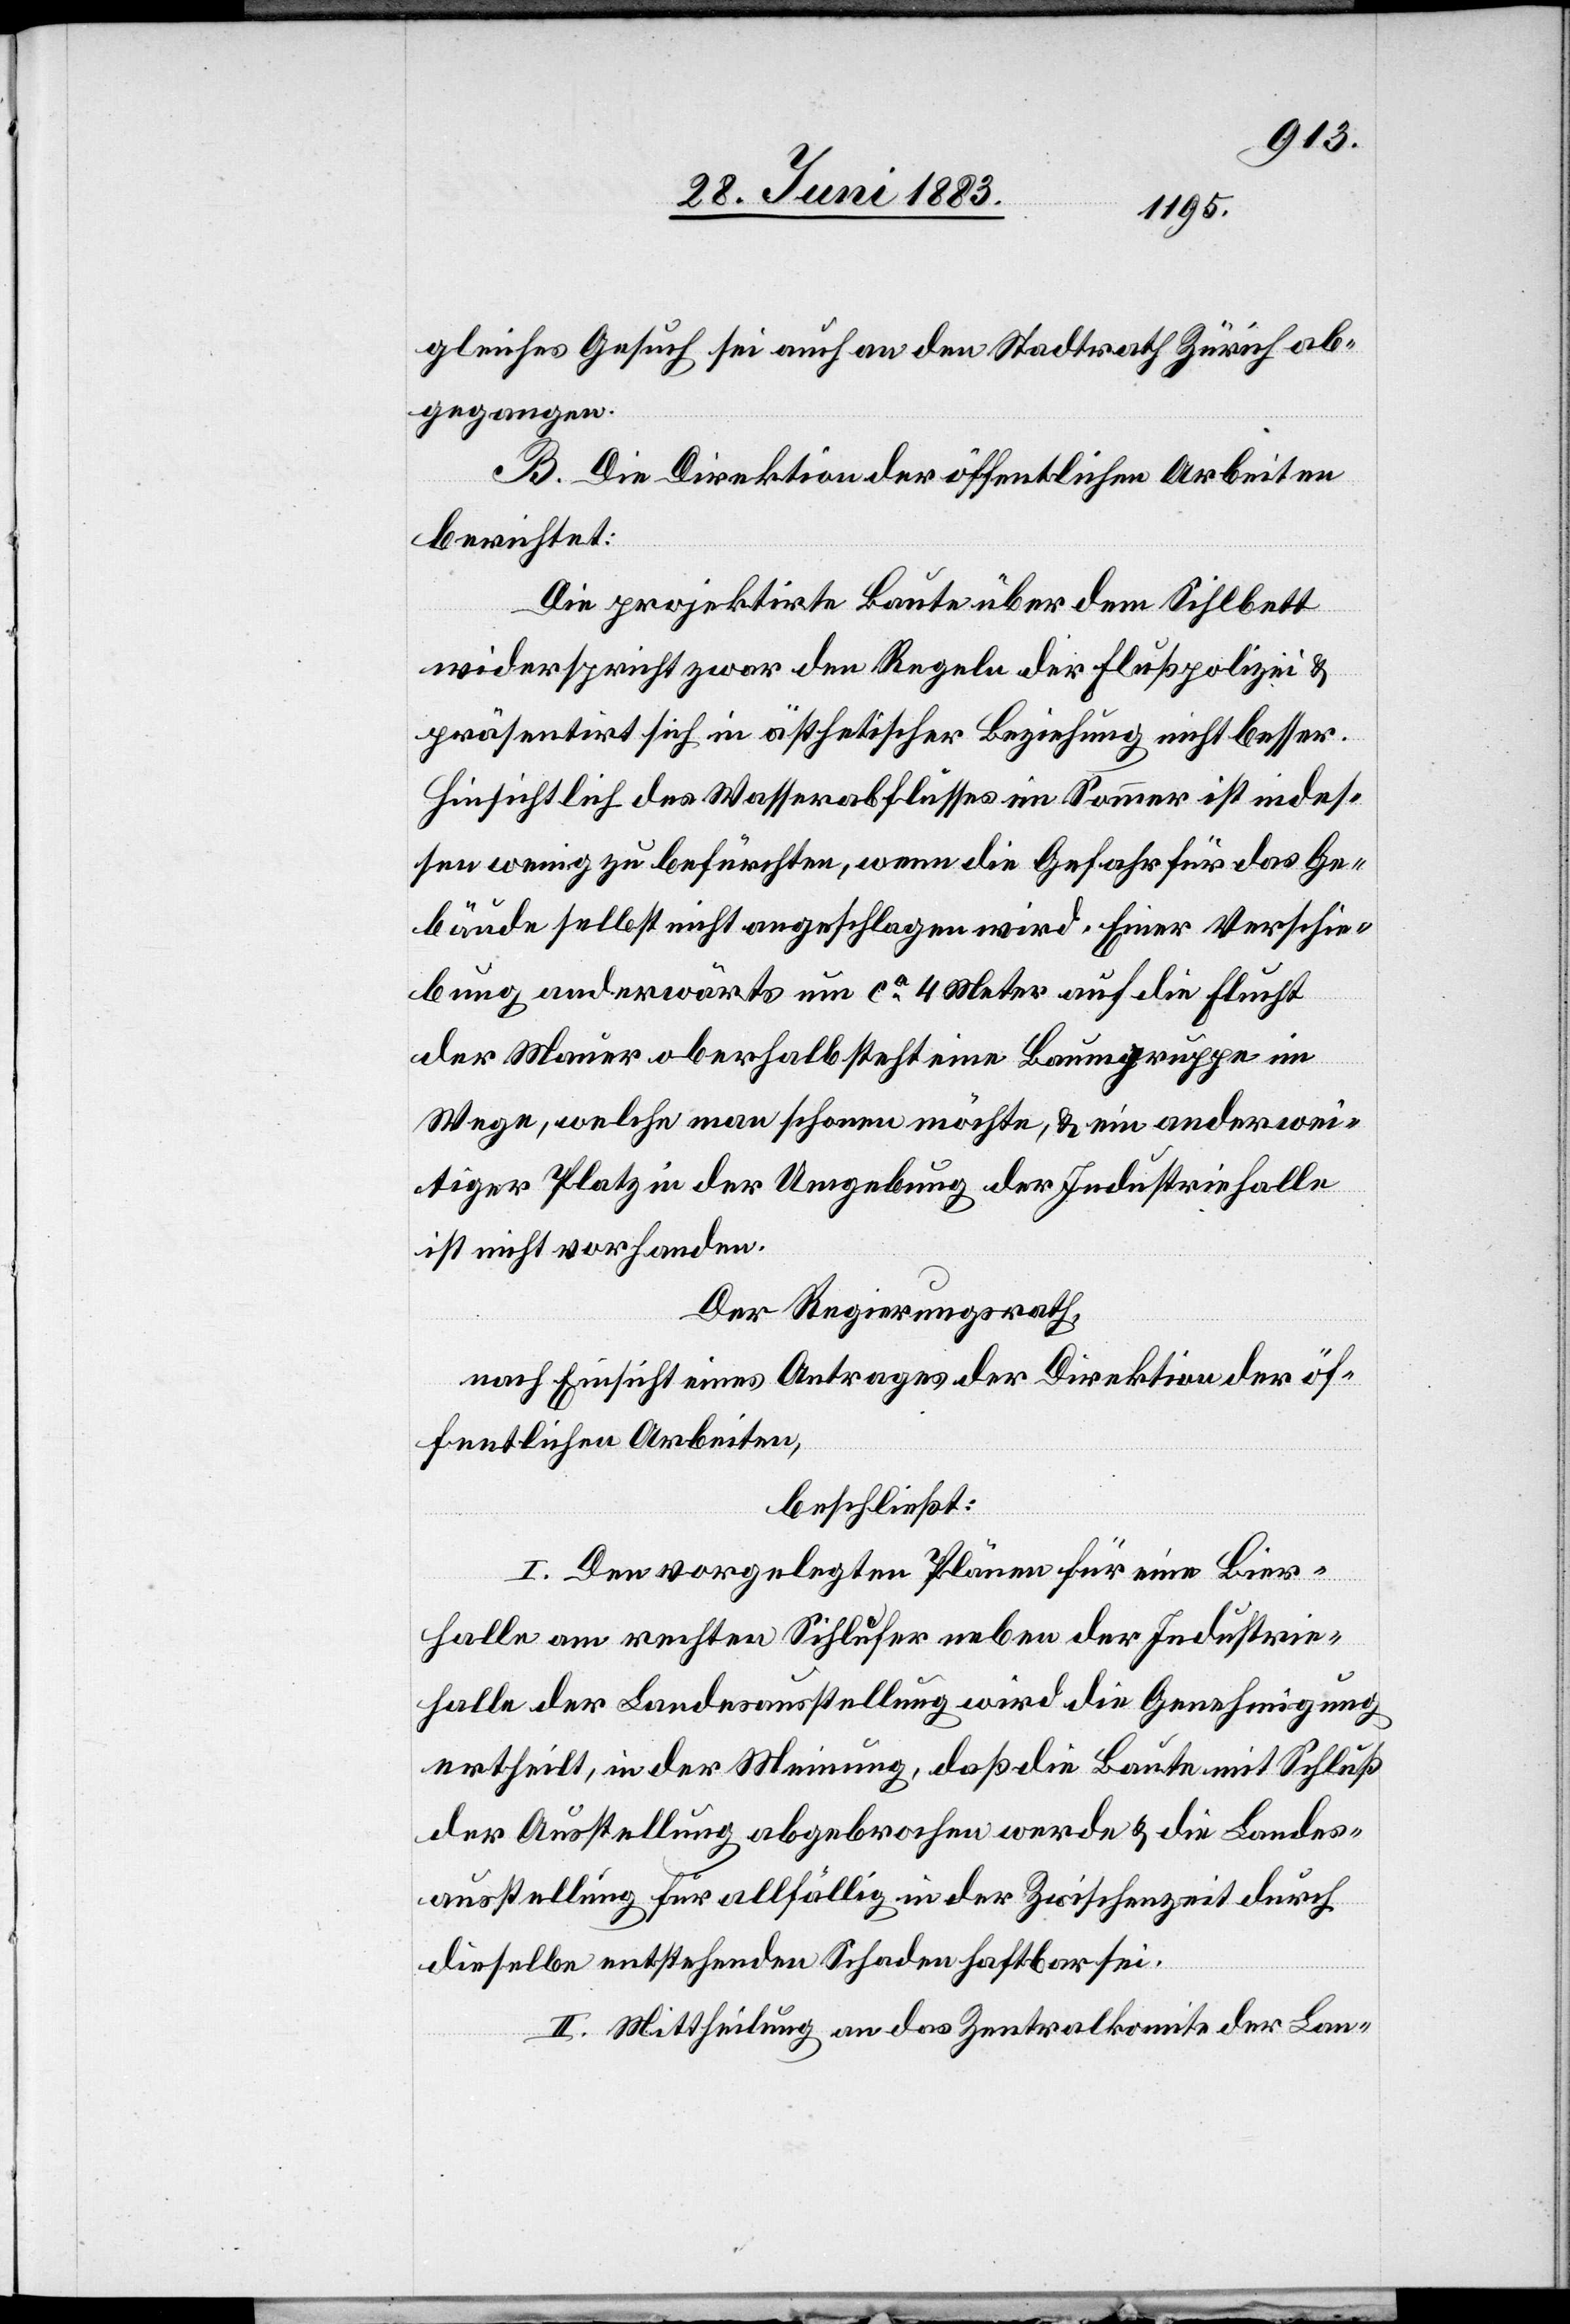
gleiches Gesuch sei auch an den Stadtrath Zürich ab¬
gegangen.
B. Die Direktion der öffentlichen Arbeiten
berichtet:
Die projektirte Baute über dem Sihlbett
widerspricht zwar den Regeln der Flußpolizei &
präsentirt sich in ästhetischer Beziehung nicht besser.
Hinsichtlich des Wasserabflusses im Sommer ist indes¬
sen wenig zu befürchten, wenn die Gefahr für das Ge¬
bäude selbst nicht angeschlagen wird. Einer Verschie¬
bung anderwärts um ca 4 Meter auf die Flucht
der Mauer oberhalb steht eine Baumgruppe im
Wege, welche man schonen möchte, & ein anderwei¬
tiger Platz in der Umgebung der Industriehalle
ist nicht vorhanden.
Der Regierungsrath,
nach Einsicht eines Antrages der Direktion der öf¬
fentlichen Arbeiten,
beschließt:
I. Den vorgelegten Plänen für eine Bier¬
halle am rechten Sihlufer neben der Industrie¬
halle der Landesausstellung wird die Genehmigung
ertheilt, in der Meinung, daß die Baute mit Schluß
der Ausstellung abgebrochen werde & die Landes¬
ausstellung für allfällig in der Zwischenzeit durch
dieselbe entstehende Schaden haftbar sei.
II. Mittheilung an das Zentralkomite der Lan-